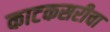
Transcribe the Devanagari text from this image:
काटकसरीचा